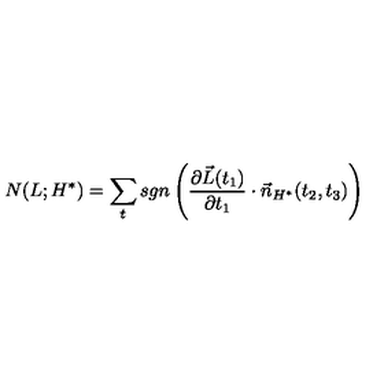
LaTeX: N ( L ; H ^ { * } ) = \sum _ { t } s g n \left( \frac { \partial \vec { L } ( t _ { 1 } ) } { \partial t _ { 1 } } \cdot \vec { n } _ { H ^ { * } } ( t _ { 2 } , t _ { 3 } ) \right)